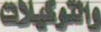
والتوكيلات